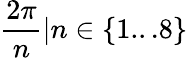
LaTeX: \frac{2\pi}{n}|n\in\left\lbrace 1...8\right\rbrace